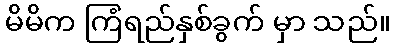
မိမိက ကြံရည်နှစ်ခွက် မှာ သည်။